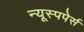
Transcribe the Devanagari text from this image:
न्यूस्पपेर्स